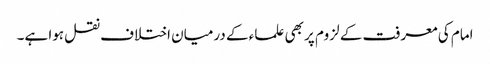
امام کی معرفت کے لزوم پر بھی علماء کے درمیان اختلاف نقل ہوا ہے۔